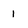
Character: 1